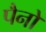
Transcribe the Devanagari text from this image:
पैनों